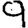
Digit: 9